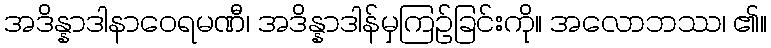
အဒိန္နာဒါနာဝေရမဏီ၊ အဒိန္နာဒါန်မှကြဉ်ခြင်းကို။ အလောဘဿ၊ ၏။